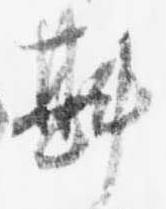
斟